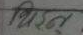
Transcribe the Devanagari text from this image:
भिन्र